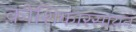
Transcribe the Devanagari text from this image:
कोशिकारसायन